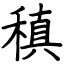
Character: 稹